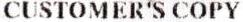
CUSTOMER'S COPY